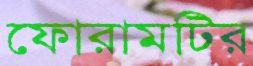
ফোরামটির